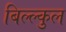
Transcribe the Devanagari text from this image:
बिल्ल्कुल